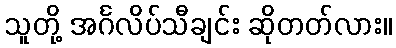
သူတို့ အင်္ဂလိပ်သီချင်း ဆိုတတ်လား။